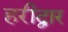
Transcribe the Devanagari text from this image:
हरीद्वार